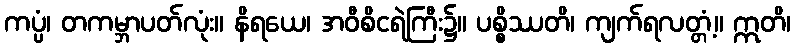
ကပ္ပံ၊ တကမ္ဘာပတ်လုံး။ နိရယေ၊ အဝီစိငရဲကြီး၌။ ပစ္စိဿတိ၊ ကျက်ရလတ္တံ့။ ဣတိ၊